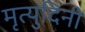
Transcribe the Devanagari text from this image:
मृत्युदिनी